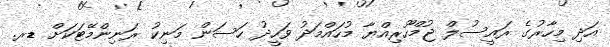
އަދި މިހާރުގެ ރައީސުލް ޖުމްހޫރިއްޔާ މުހައްމަދު ވަހީދު ހަސަން މަނިކު ރަނިންމޭޓަކަށް ޑރ.